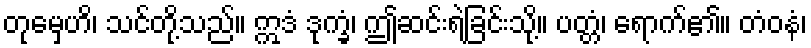
တုမှေဟိ၊ သင်တို့သည်။ ဣဒံ ဒုက္ခံ၊ ဤဆင်းရဲခြင်းသို့။ ပတ္တံ၊ ရောက်၏။ တံဝနံ၊